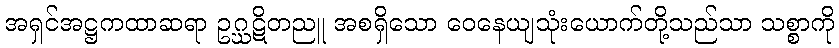
အရှင်အဋ္ဌကထာဆရာ ဥဂ္ဃဋိတညူ အစရှိသော ဝေနေယျသုံးယောက်တို့သည်သာ သစ္စာကို